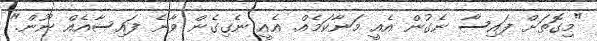
"މިގޮތަށް ފައިސާ ނެގުން އެއީ މަނާކަމެއް. އެއީ ނެގިގެން ވާނެ ފައިސާއެއް ނޫން."